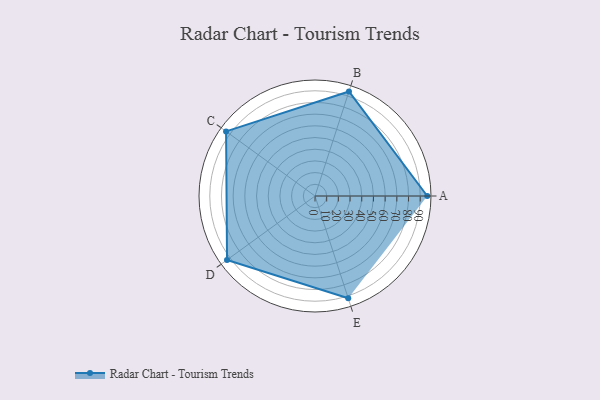
{"axis": {"x": "Skill", "y": "Score"}, "legend": ["Profile"], "data": [{"x": "A", "y": 96.0, "type": "Profile"}, {"x": "B", "y": 94.0, "type": "Profile"}, {"x": "C", "y": 94.0, "type": "Profile"}, {"x": "D", "y": 93.0, "type": "Profile"}, {"x": "E", "y": 92.0, "type": "Profile"}]}